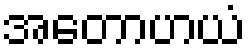
အတောဟယံ